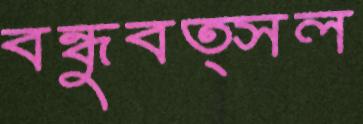
বন্ধুবত্সল